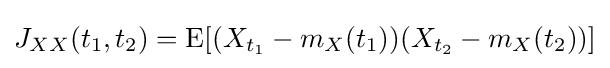
J_{XX}(t_{1},t_{2})=\operatorname {E} [(X_{t_{1}}-m_{X}(t_{1}))(X_{t_{2}}-m_{X}(t_{2}))]